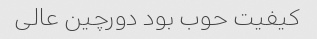
کیفیت حوب بود دورچین عالی